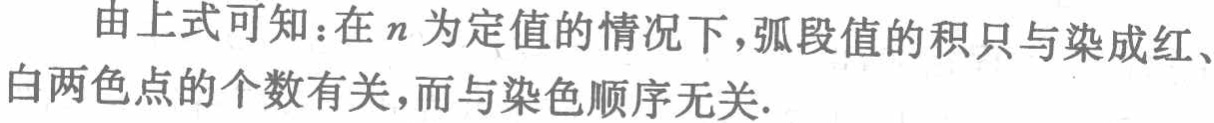
由上式可知：在\(n\)为定值的情况下，弧段值的积只与染成红、白两色点的个数有关，而与染色顺序无关.